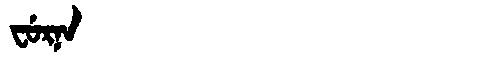
Manchu: ᠸᡠᡵᠨᠠ
Romanization: FURNA